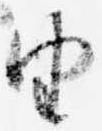
由